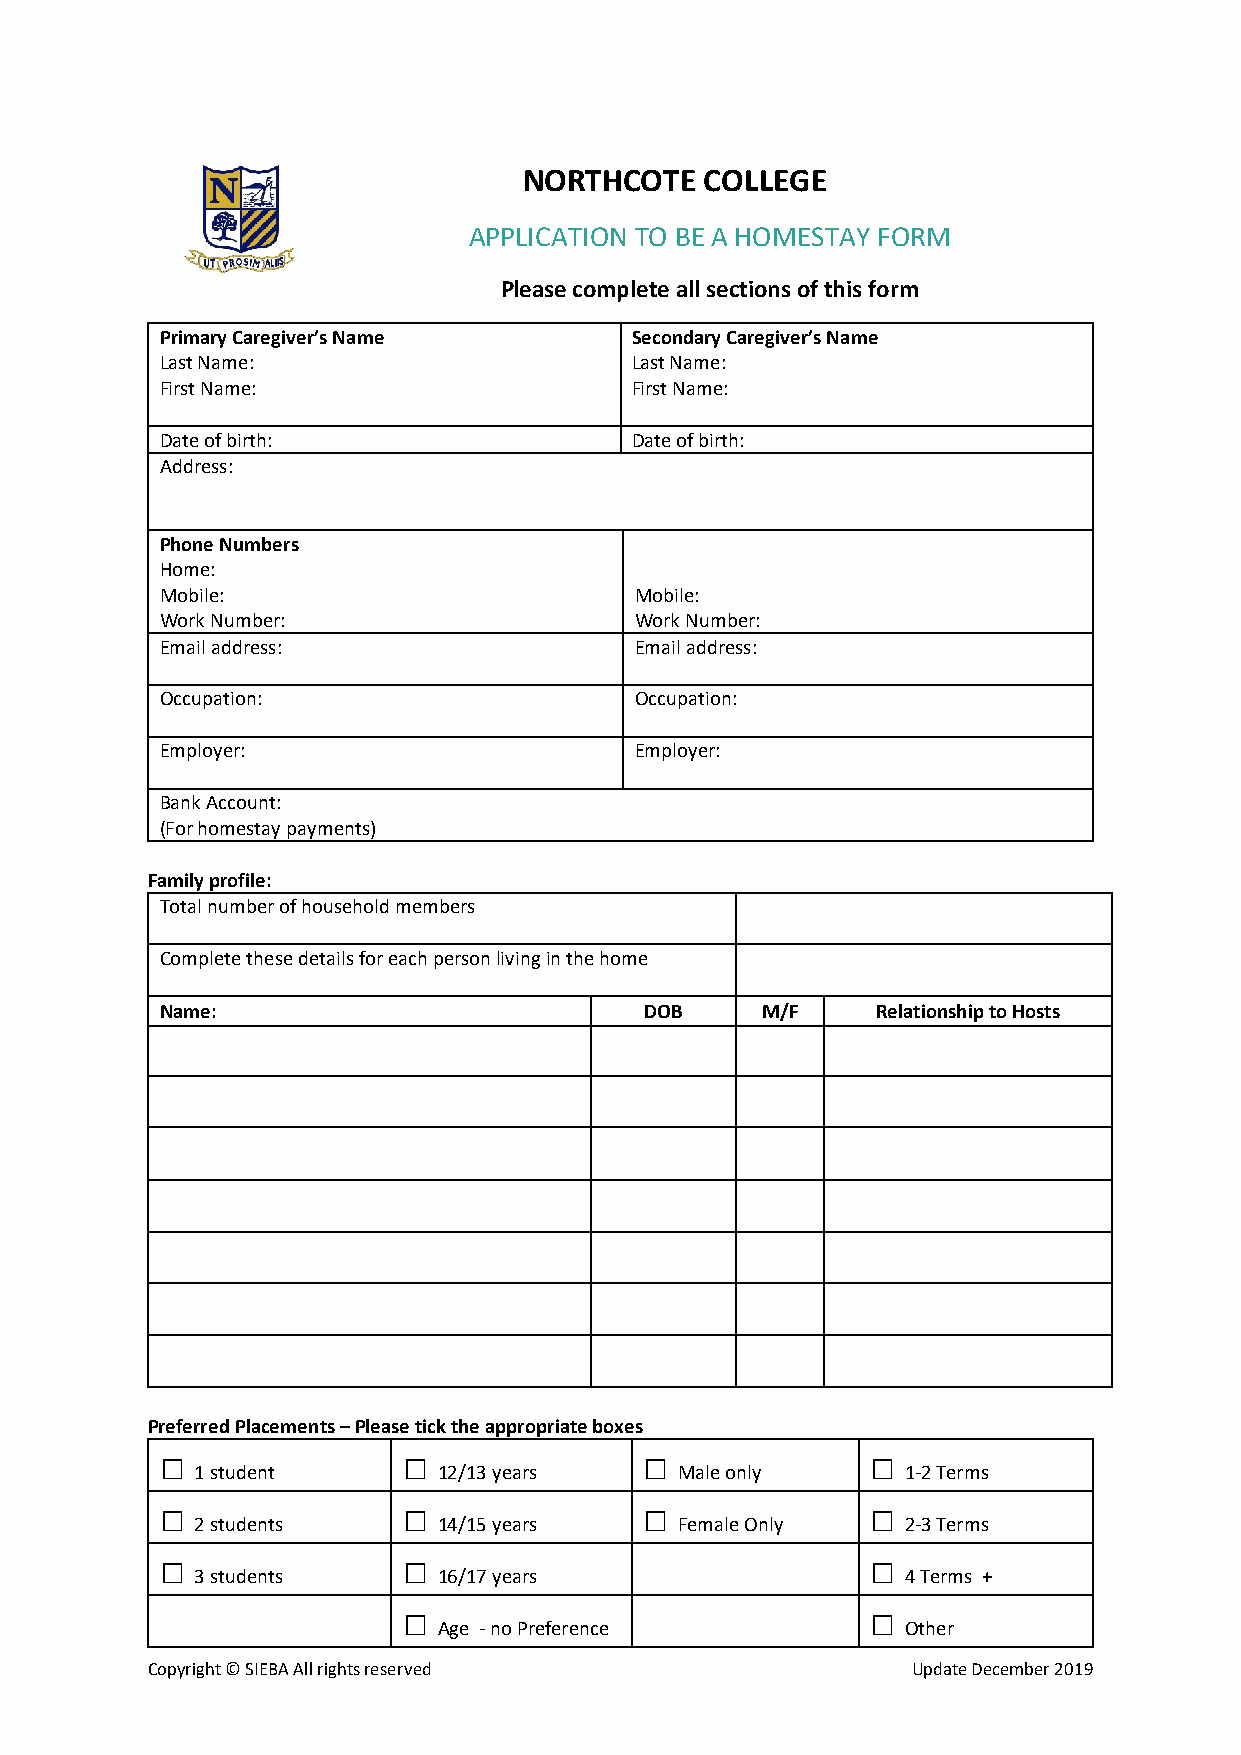
NORTHCOTE   COLLEGE
 APPLICATION TO BE A HOMESTAY FORM
 Please complete all sections of this form
 Primary Caregiver’s Name       Secondary Caregiver’s Name
 Last Name:                     Last Name:
 First Name:                    First Name:
 Date of birth:                 Date of birth:
 Address:
 Phone Numbers
 Home:
 Mobile:                        Mobile:
 Work Number:                   Work Number:
 Email address:                 Email address:
 Occupation:                    Occupation:
 Employer:                      Employer:
 Bank Account:
 (For homestay payments)
 Family profile:
 Total number of household members
 Complete these details for each person living in the home
 Name:                           DOB    M/F     Relationship to Hosts
 Preferred Placements – Please tick the appropriate boxes
 □               □               □              □
 1 student       12/13 years     Male only      1-2 Terms
 □               □               □              □
 2 students      14/15 years     Female Only    2-3 Terms
 □               □                              □
 3 students      16/17 years                    4 Terms +
 □                              □
 Age - no Preference            Other
 Copyright © SIEBA All rights reserved             Update December 2019